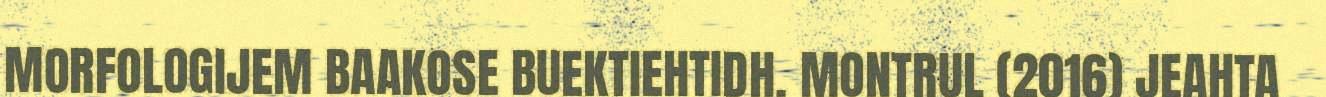
MORFOLOGIJEM BAAKOSE BUEKTIEHTIDH. MONTRUL (2016) JEAHTA